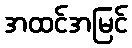
အထင်အမြင်